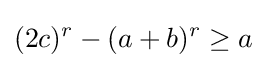
(2c)^{r}-(a+b)^{r}\geq a